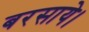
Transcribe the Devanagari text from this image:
बरसाये।